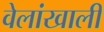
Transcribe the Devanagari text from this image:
वेलांखाली